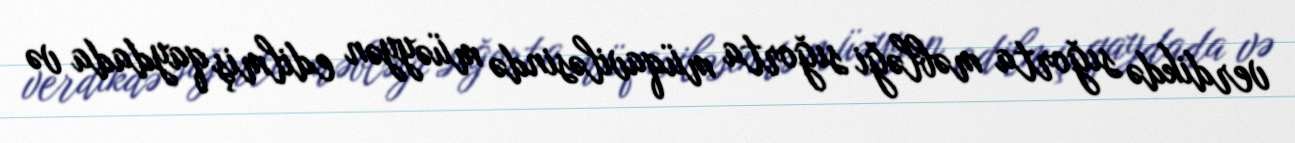
verdikdə sığorta məbləği sığorta müqaviləsində müəyyən edilmiş qaydada və